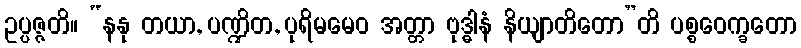
ဥပ္ပဇ္ဇတိ။ “နနု တယာ, ပဏ္ဍိတ, ပုရိမမေဝ အတ္တာ ဗုဒ္ဓါနံ နိယျာတိတော”တိ ပစ္စဝေက္ခတော